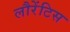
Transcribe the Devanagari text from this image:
लौरेंटिस